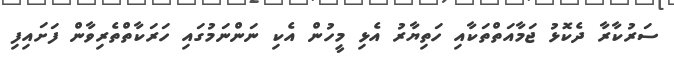
ސަރުކާރާ ދެކޮޅު ޖަމާއަތްތަކާއި ހަތިޔާރު އެޅި މީހުން އެކި ނަންނަމުގައި ހަރަކާތްތެރިވާން ފަށައިފި